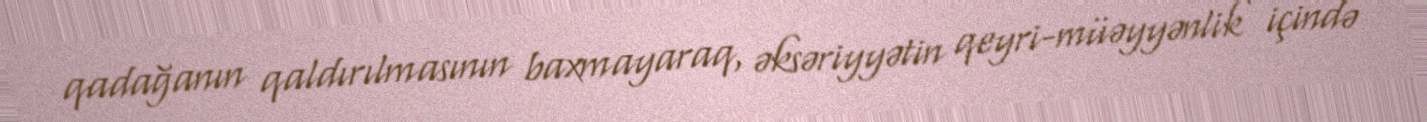
qadağanın qaldırılmasının baxmayaraq, əksəriyyətin qeyri-müəyyənlik içində